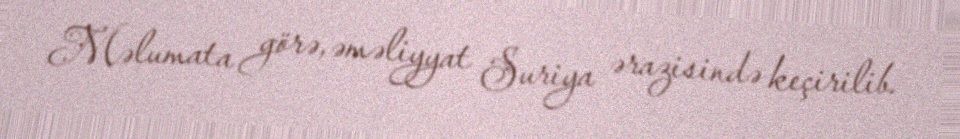
Məlumata görə, əməliyyat Suriya ərazisində keçirilib.